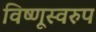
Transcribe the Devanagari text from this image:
विष्णूस्वरुप